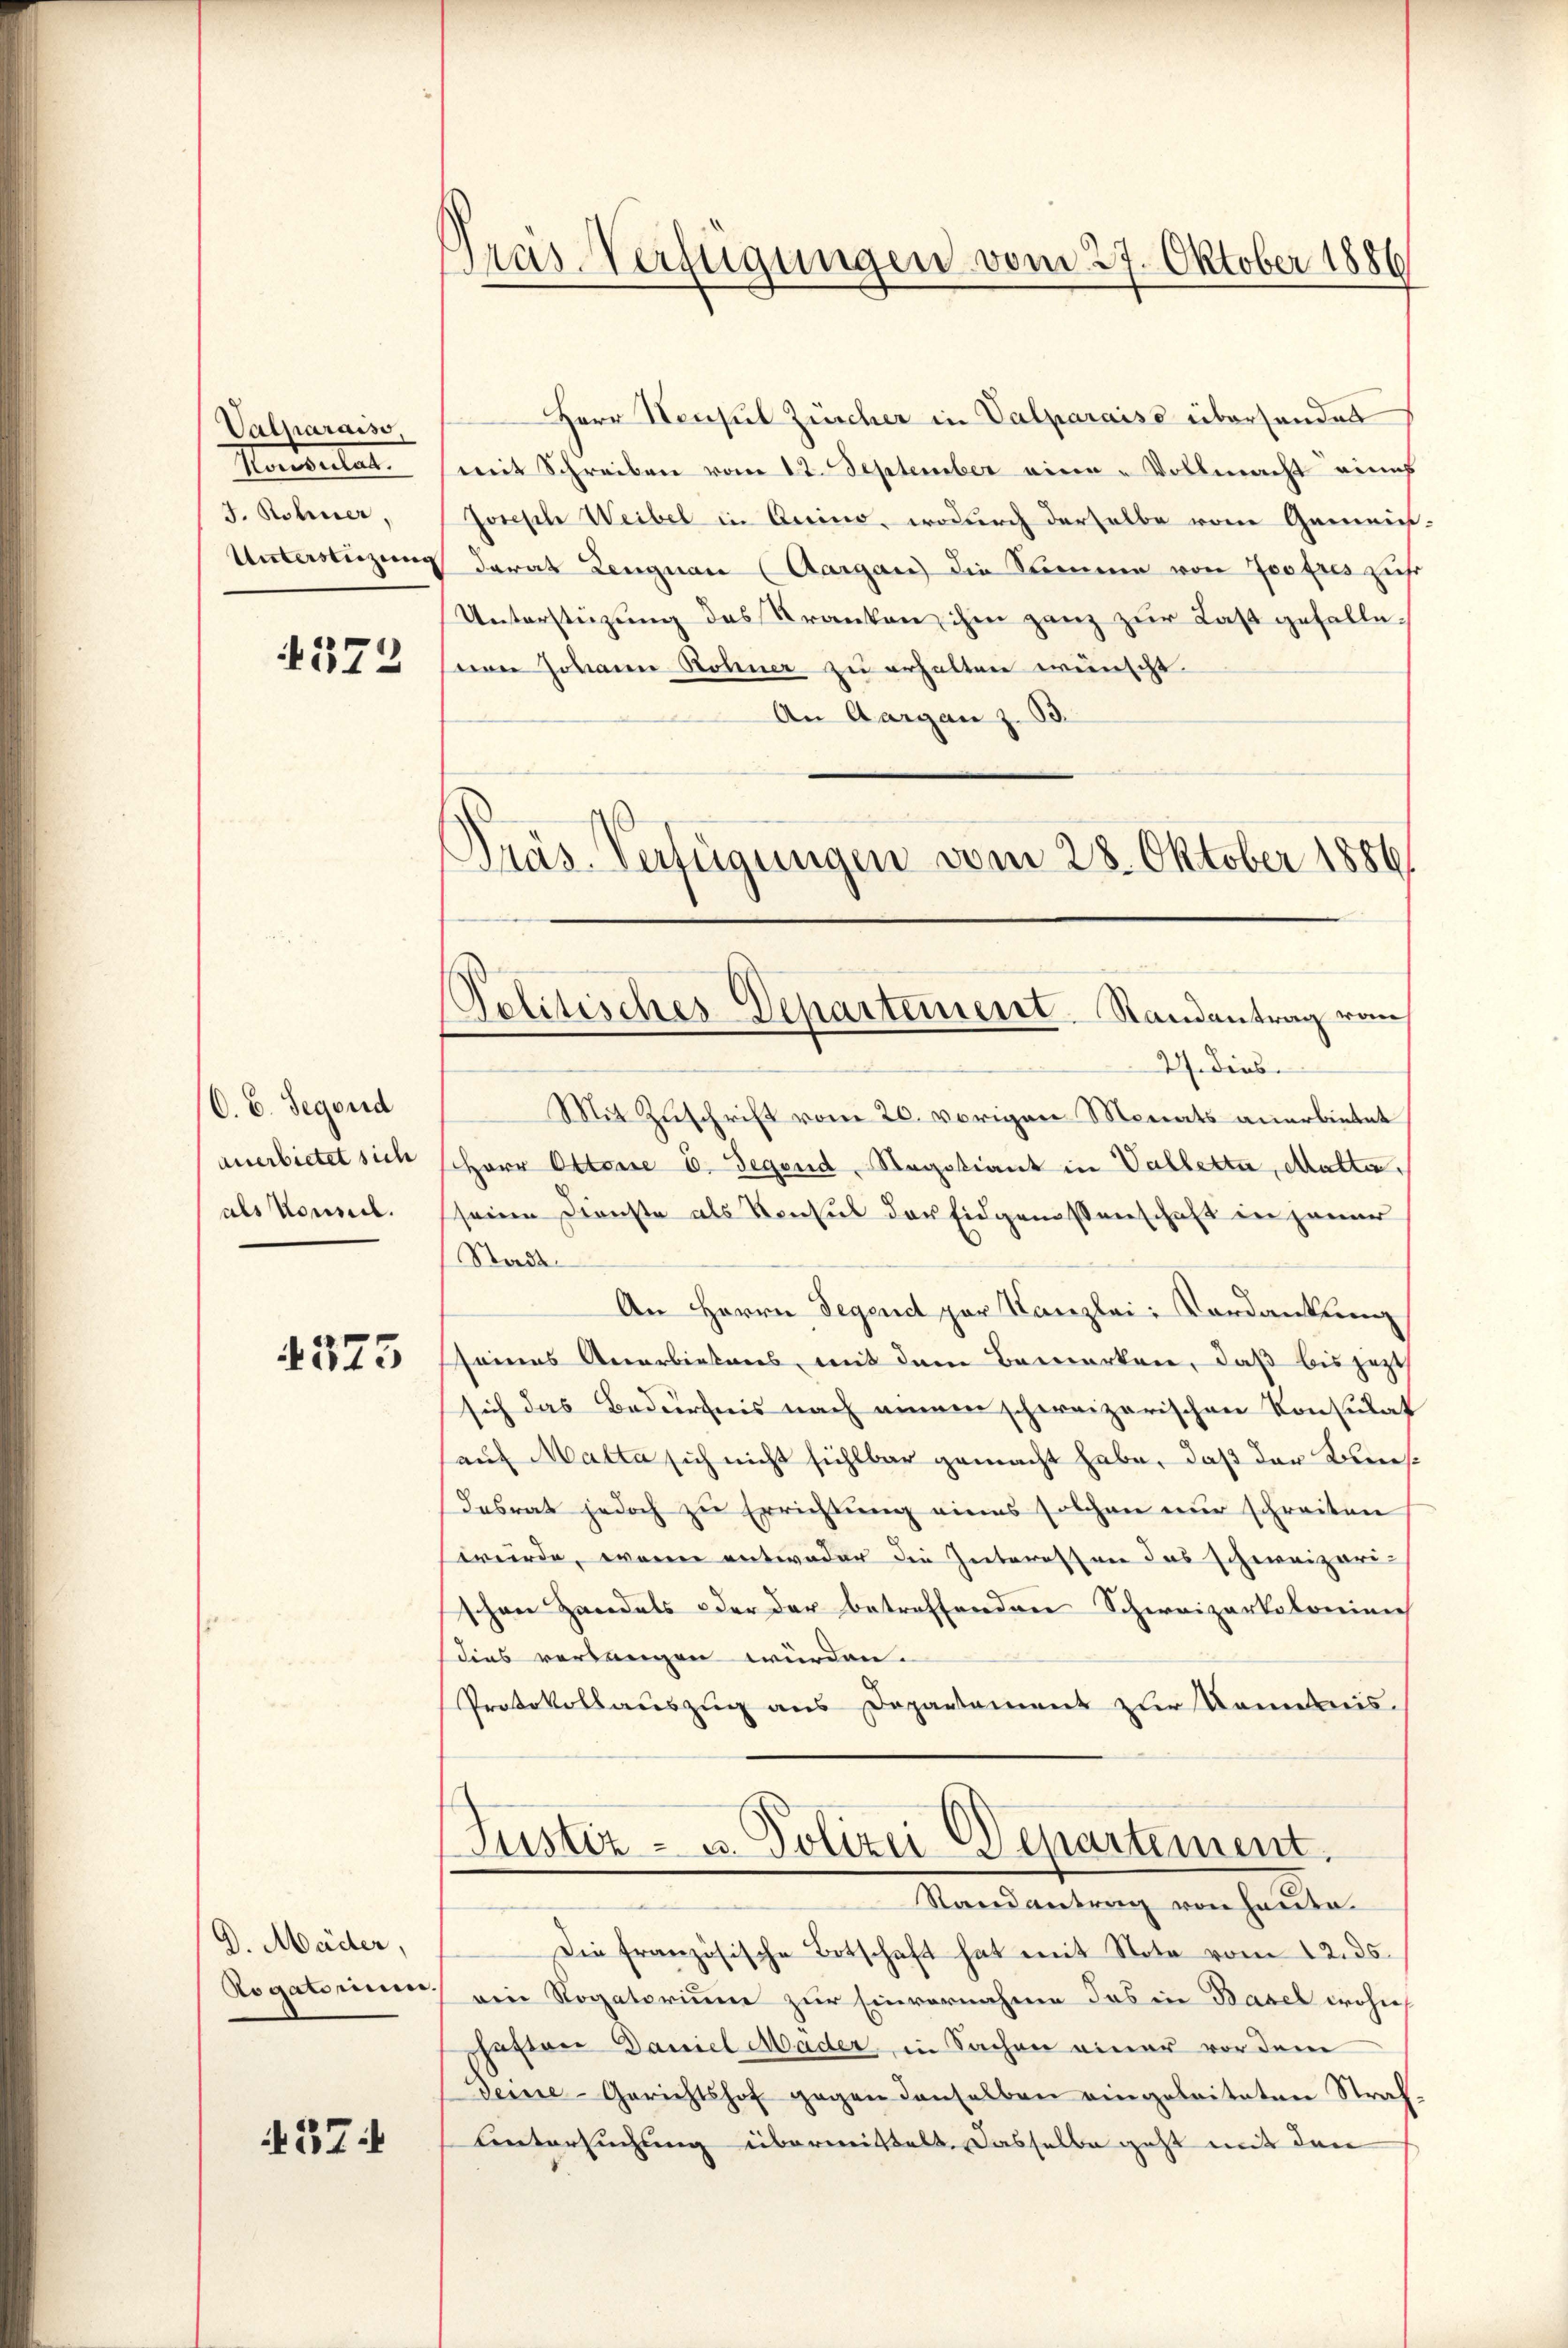
Valmaraiso
Handelter
J. Rohner,

572

C. C. Segend
anerbietet sich
als Konsil.

573

D. Mäder,
Rogatorum.

374

Präs-Verfügungen vom 27. Oktober 1886

Herr Hensul Zürcher in Valparaise überhandes
mit Schreiben vom 12. September eine Vollmacht eines
Joseph Weibel in Gerino, wodurch derselbe vom Gemein-
Unterstüzung darau Lengnau (Aargau) die Komme von Profes zuehr
Unterstüzung des Kranken, ihm ganz zur Last gefallevon Johann Rohner zu erhalten wünscht.
An Aargau z. B.
Präs. Verfügungen vom 28. Oktober 1886

Politisches Departement. Randantrag von
27. Dies

Mit Zuschrift vom 20. vorigen Monats anerbietet
Herr Ottome E. Gegend Regotiant in Valletta, Matte.
seine Dienste als Konsul der Eidgenossenschaft in jener
Stadt.
An Herrn Degend par Kanzlei Verdankung
seines Anerbietens, mit dem Bemerken, daß bis jetzt
sich das Bedürfnis nach einen schweizerischen Konsulat
sauf Matta sich nicht fühlbar gemacht habe, daß der Kleesdesrat jedoch zu Errichtung eines solchen nur schreiten
würde, wenn entweder die Interessen das schweizeri-
schen Handels oder der betreffenden Schweizerkolonien
dies verlangen würden.
Protokollauszug aus Departement zur Kommis.
Justiz- u. Polizei Departement.
Randantrag von heute.
Die französische Botschaft hat mit Nota vom 12. ds.
ein Rogatorium zur Einvernahme das in Basel wohn
Paston Daniel Mader, in Sachen einer vor dem
Deine-Gerichtshof gegen denselben eingeleiteten Straf¬
Untersuchung übermittelt, dasselbe geht mit den